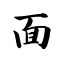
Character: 面